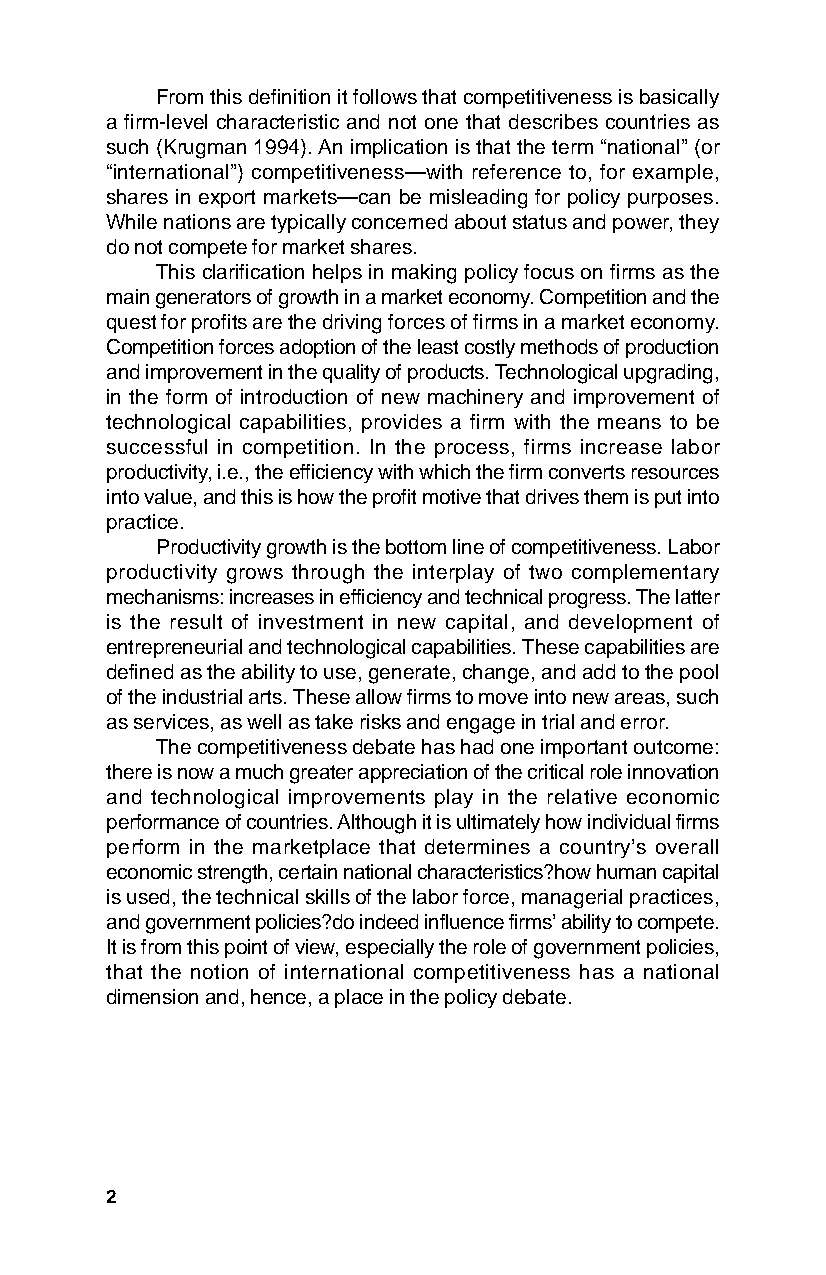
From this definition it follows that competitiveness is basically
 a firm-level characteristic and not one that describes countries as
 such (Krugman 1994). An implication is that the term “national” (or
 “international”) competitiveness—with reference to, for example,
 shares in export markets—can be misleading for policy purposes.
 While nations are typically concerned about status and power, they
 do not compete for market shares.
 This clarification helps in making policy focus on firms as the
 main generators of growth in a market economy. Competition and the
 quest for profits are the driving forces of firms in a market economy.
 Competition forces adoption of the least costly methods of production
 and improvement in the quality of products. Technological upgrading,
 in the form of introduction of new machinery and improvement of
 technological capabilities, provides a firm with the means to be
 successful in competition. In the process, firms increase labor
 productivity, i.e., the efficiency with which the firm converts resources
 into value, and this is how the profit motive that drives them is put into
 practice.
 Productivity growth is the bottom line of competitiveness. Labor
 productivity grows through the interplay of two complementary
 mechanisms: increases in efficiency and technical progress. The latter
 is the result of investment in new capital, and development of
 entrepreneurial and technological capabilities. These capabilities are
 defined as the ability to use, generate, change, and add to the pool
 of the industrial arts. These allow firms to move into new areas, such
 as services, as well as take risks and engage in trial and error.
 The competitiveness debate has had one important outcome:
 there is now a much greater appreciation of the critical role innovation
 and technological improvements play in the relative economic
 performance of countries. Although it is ultimately how individual firms
 perform in the marketplace that determines a country’s overall
 economic strength, certain national characteristics?how human capital
 is used, the technical skills of the labor force, managerial practices,
 and government policies?do indeed influence firms’ ability to compete.
 It is from this point of view, especially the role of government policies,
 that the notion of international competitiveness has a national
 dimension and, hence, a place in the policy debate.
 2